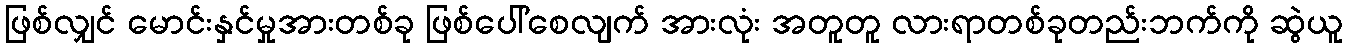
ဖြစ်လျှင် မောင်းနှင်မှုအားတစ်ခု ဖြစ်ပေါ်စေလျက် အားလုံး အတူတူ လားရာတစ်ခုတည်းဘက်ကို ဆွဲယူ